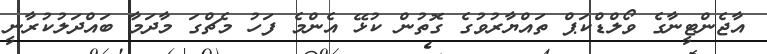
އާޖެންޓީނާގެ ވޯލްޑްކަޕް ތައްޔާރުވުގެ ގޮތުން ކުޅޭ އެންމެ ފަހު މެޗްގަ މާދަމާ ބައްދަލުކުރާނީ